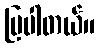
ပြပါတယ်။